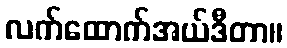
လက်ထောက်အယ်ဒီတာ။